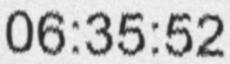
06:35:52